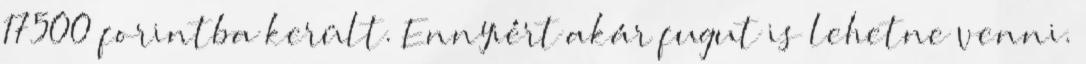
17500 forintba került. Ennyiért akár fugut is lehetne venni.